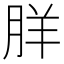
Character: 羘